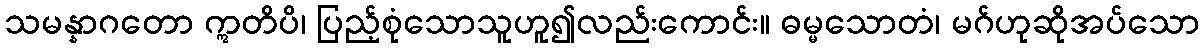
သမန္နာဂတော ဣတိပိ၊ ပြည့်စုံသောသူဟူ၍လည်းကောင်း။ ဓမ္မသောတံ၊ မဂ်ဟုဆိုအပ်သော